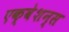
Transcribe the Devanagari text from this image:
एक्वेशन्स